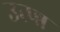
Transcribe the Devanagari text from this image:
उत्प्न्न